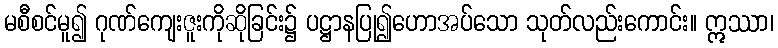
မစီစင်မူ၍ ဂုဏ်ကျေးဇူးကိုဆိုခြင်း၌ ပဋ္ဌာနပြု၍ဟောအပ်သော သုတ်လည်းကောင်း။ ဣဿာ၊